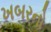
ખબરનો